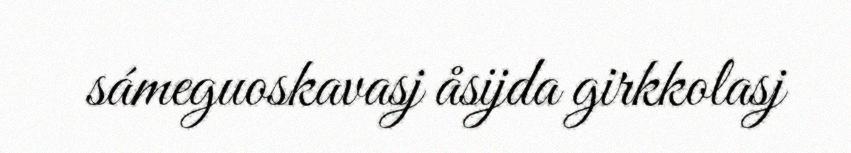
sámeguoskavasj åsijda girkkolasj